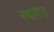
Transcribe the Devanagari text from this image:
स्वलेरा